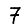
Digit: 7